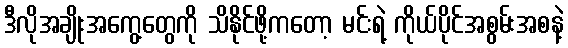
ဒီလိုအချိုးအကွေ့တွေကို သိနိုင်ဖို့ကတော့ မင်းရဲ့ ကိုယ်ပိုင်အစွမ်းအစနဲ့